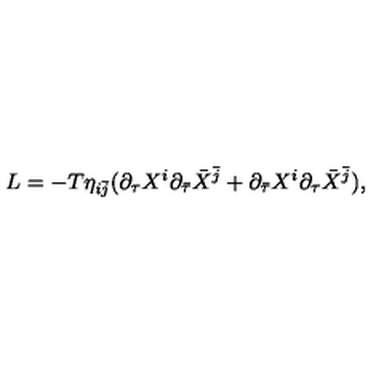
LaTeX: L = - T \eta _ { i \bar { j } } ( { \partial } _ { \tau } X ^ { i } { \partial } _ { \bar { \tau } } { \bar { X } } ^ { \bar { j } } + { \partial } _ { \bar { \tau } } X ^ { i } { \partial } _ { \tau } { \bar { X } } ^ { \bar { j } } ) ,